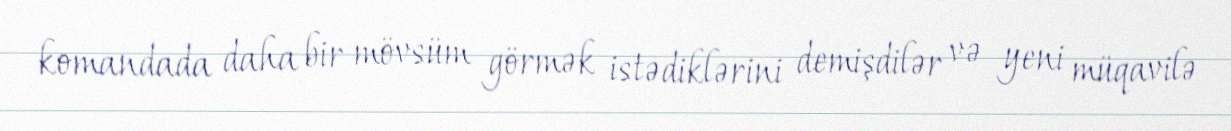
komandada daha bir mövsüm görmək istədiklərini demişdilər və yeni müqavilə